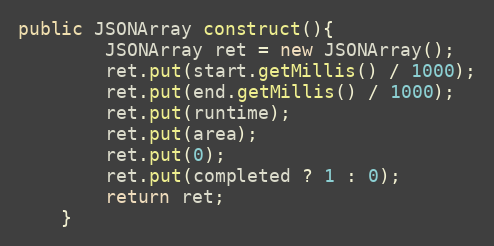
Language: Java
public JSONArray construct(){
        JSONArray ret = new JSONArray();
        ret.put(start.getMillis() / 1000);
        ret.put(end.getMillis() / 1000);
        ret.put(runtime);
        ret.put(area);
        ret.put(0);
        ret.put(completed ? 1 : 0);
        return ret;
    }